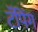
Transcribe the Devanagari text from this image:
टॅपिंग